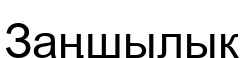
Заңшылық